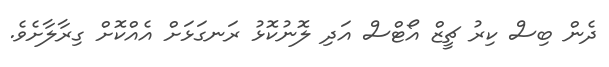
ދެން ބިސް ކިރު ޗީޒް އޯޓްސް އަދި ލޮނުކޮޅު ރަނގަޅަށް އެއްކޮށް ގިރާލާށެވެ.